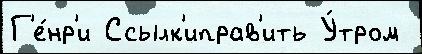
Г'е́нр'и Ссылк'иправ'ить У́тром